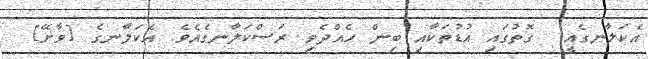
އެކަލާނގެއީ  ގޮތުގައި އުޑުތަކާއި ބިން ހެއްދެވި ރަސްކަލާނގެއެވެ. އެކަލާނގެ [ވާށޭ]